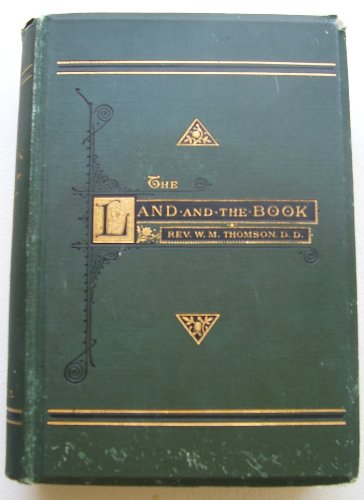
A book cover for The Land and the Book;: Or, Biblical illustrations drawn from the manners and customs, the scenes and scenery, of the Holy Land; William M Thomson; Travel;